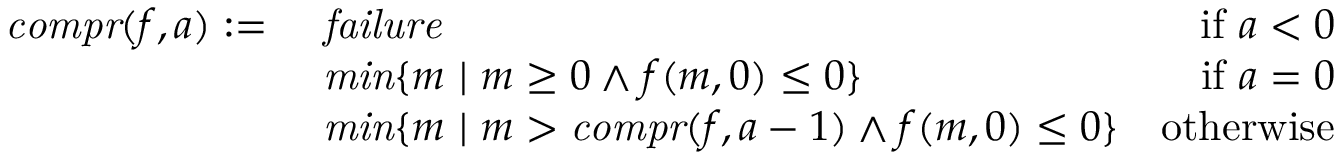
\begin{array} { r l r } { \mathit { c o m p r } ( f , a ) : = \ } & { \mathit { f a i l u r e } } & { \mathrm { i f ~ } a < 0 } \\ & { \mathit { m i n } \lbrace m \ | \ m \geq 0 \wedge f ( m , 0 ) \leq 0 \rbrace } & { \mathrm { i f ~ } a = 0 } \\ & { \mathit { m i n } \lbrace m \ | \ m > \mathit { c o m p r } ( f , a - 1 ) \wedge f ( m , 0 ) \leq 0 \rbrace } & { \mathrm { o t h e r w i s e } } \end{array}